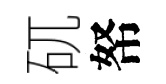
矹帑